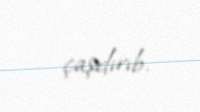
çaşdırıb.